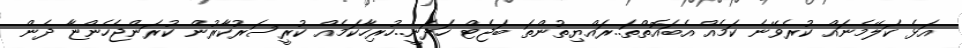
އަޅެ ކަލޭމެނައް ކުރެވޭނެ ކަމެއް އެބައޮތްތަ..ރައްޔިތުންތަ ބަޖެޓް ހަދަނީ..ހުރިހާކަމެއް ކުރީސަރުކާރުން ކުރަންޖެހެންޏާ ދެން